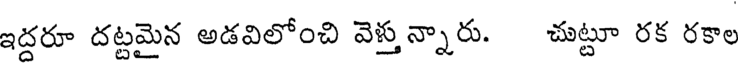
ఇద్దరూ దట్టమైన అడవిలోంచి వెళ్తున్నారు. చుట్టూ రక రకాల